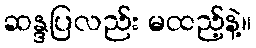
ဆန္ဒပြလည်း မထည့်နဲ့။